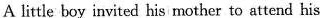
A little boy invited his mother to attend his